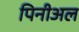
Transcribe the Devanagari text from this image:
पिनीअल